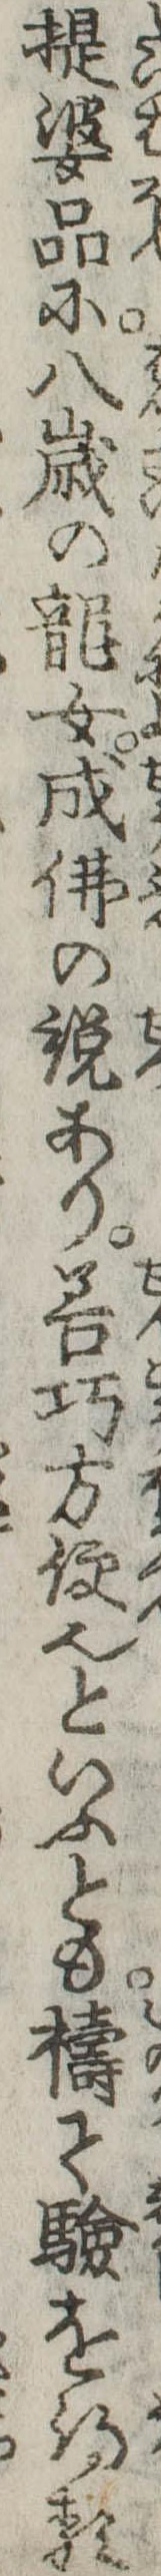
提婆品に八歳の竜女成仏の説あり善巧方便也といふとも祷て験を得る